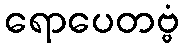
ရောပေတဗ္ဗံ